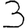
Digit: 3